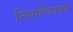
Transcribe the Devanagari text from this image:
निसर्गचित्रणात